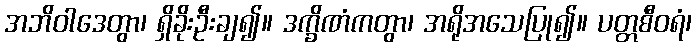
အဘိဝါဒေတွာ၊ ရှိခိုးဦးချ၍။ ဒက္ခိဏံကတွာ၊ အရိုအသေပြု၍။ ပတ္တစီဝရံ၊